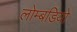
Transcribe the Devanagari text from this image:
लोम्बडियो